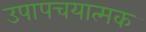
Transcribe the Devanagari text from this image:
उपापचयात्मक